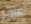
عاجز